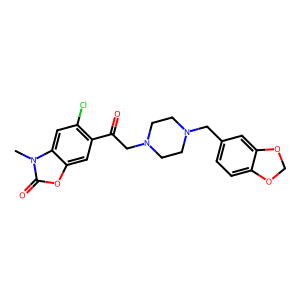
SMILES: Cn1c(=O)oc2cc(C(=O)CN3CCN(Cc4ccc5c(c4)OCO5)CC3)c(Cl)cc21
Inhibits HIV replication: No